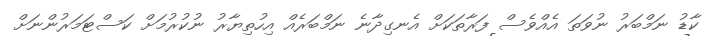
ކާޑު ނަމްބަރު ނުވަތަ އެއްވެސް ފަރާތަކަށް އެނގިދާނެ ނަމްބަރެއް އިހުތިޔާރު ނުކުރުމަށް ކަސްޓަމަރުންނަށް